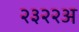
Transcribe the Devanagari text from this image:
२३२२अ